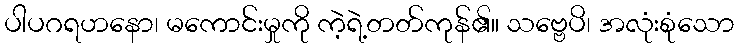
ပါပဂရဟနော၊ မကောင်းမှုကို ကဲ့ရဲ့တတ်ကုန်၏။ သဗ္ဗေပိ၊ အလုံးစုံသော